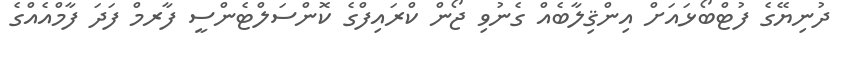
ދުނިޔޭގެ ފުޓްބޯޅައަށް އިންޤިލާބެއް ގެނުވި ޖޯން ކްރައިފްގެ ކޮންސަލްޓެންސީ ފާރމް ފަދަ ފާމްއެއްގެ